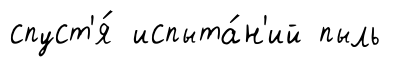
спуст'я́ испыта́н'ий пыль